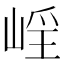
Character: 𡹑